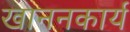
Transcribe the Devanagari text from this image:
खाननकार्य